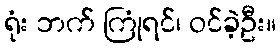
ရုံး ဘက် ကြုံရင်၊ ဝင်ခဲ့ဦး။